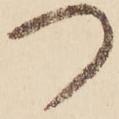
つ